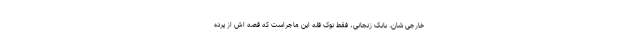
خارجی شان. بابک زنجانی، فقط نوک قله این ماجراست که قصه اش از پرده